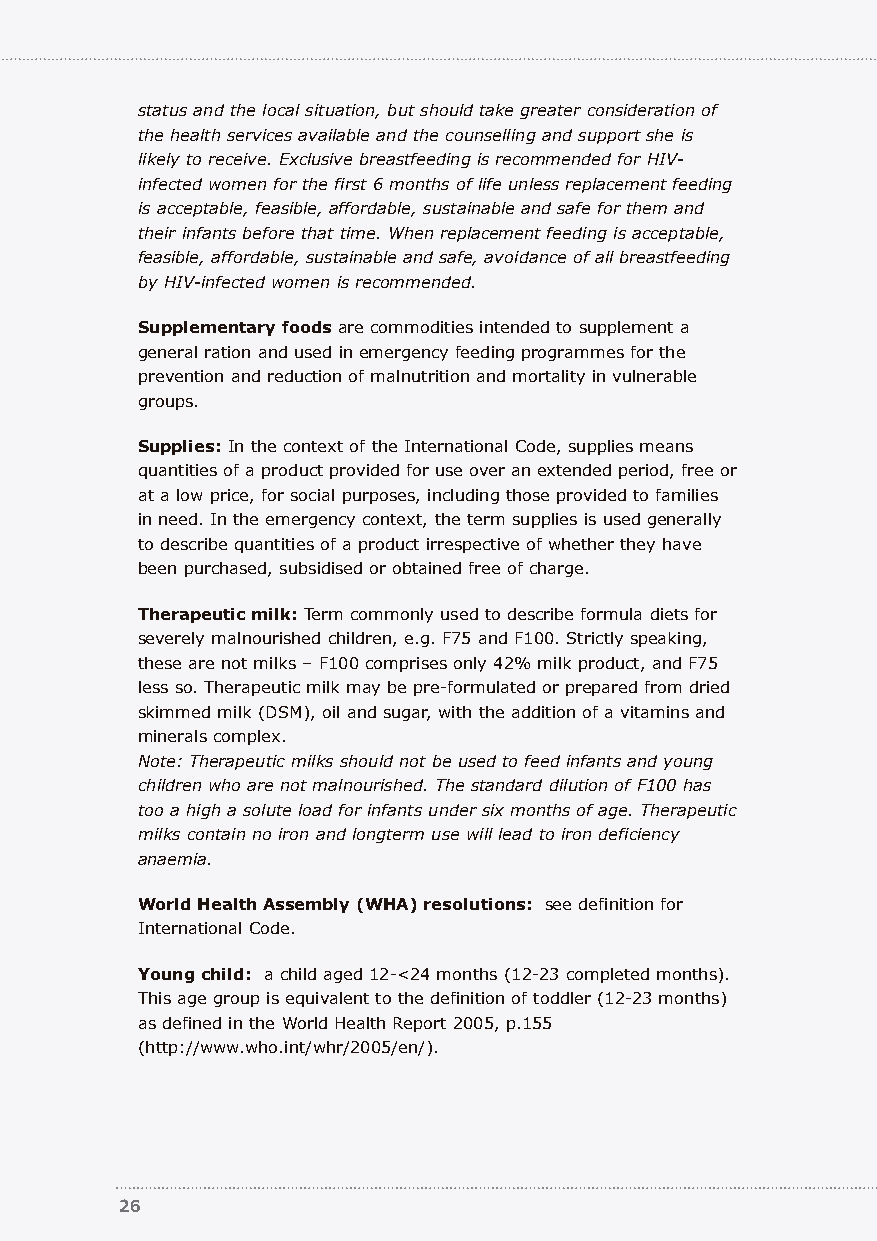
status and the local situation, but should take greater consideration of
 the health services available and the counselling and support she is
 likely to receive. Exclusive breastfeeding is recommended for HIV-
 infected women for the first 6 months of life unless replacement feeding
 is acceptable, feasible, affordable, sustainable and safe for them and
 their infants before that time. When replacement feeding is acceptable,
 feasible, affordable, sustainable and safe, avoidance of all breastfeeding
 by HIV-infected women is recommended.
 Supplementary foods are commodities intended to supplement a
 general ration and used in emergency feeding programmes for the
 prevention and reduction of malnutrition and mortality in vulnerable
 groups.
 Supplies: In the context of the International Code, supplies means
 quantities of a product provided for use over an extended period, free or
 at a low price, for social purposes, including those provided to families
 in need. In the emergency context, the term supplies is used generally
 to describe quantities of a product irrespective of whether they have
 been purchased, subsidised or obtained free of charge.
 Therapeutic milk:Term commonly used to describe formula diets for
 severely malnourished children, e.g. F75 and F100. Strictly speaking,
 these are not milks – F100 comprises only 42% milk product, and F75
 less so. Therapeutic milk may be pre-formulated or prepared from dried
 skimmed milk (DSM), oil and sugar, with the addition of a vitamins and
 minerals complex.
 Note: Therapeutic milks should not be used to feed infants and young
 children who are not malnourished. The standard dilution of F100 has
 too a high a solute load for infants under six months of age. Therapeutic
 milks contain no iron and longterm use will lead to iron deficiency
 anaemia.
 World Health Assembly (WHA) resolutions: see definition for
 International Code.
 Young child: a child aged 12-<24 months (12-23 completed months).
 This age group is equivalent to the definition of toddler (12-23 months)
 as defined in the World Health Report 2005, p.155
 (http://www.who.int/whr/2005/en/).
 26